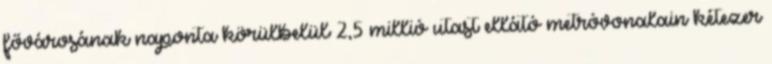
fővárosának naponta körülbelül 2,5 millió utast ellátó metróvonalain kétezer